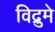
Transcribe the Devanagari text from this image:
विद्रुमे